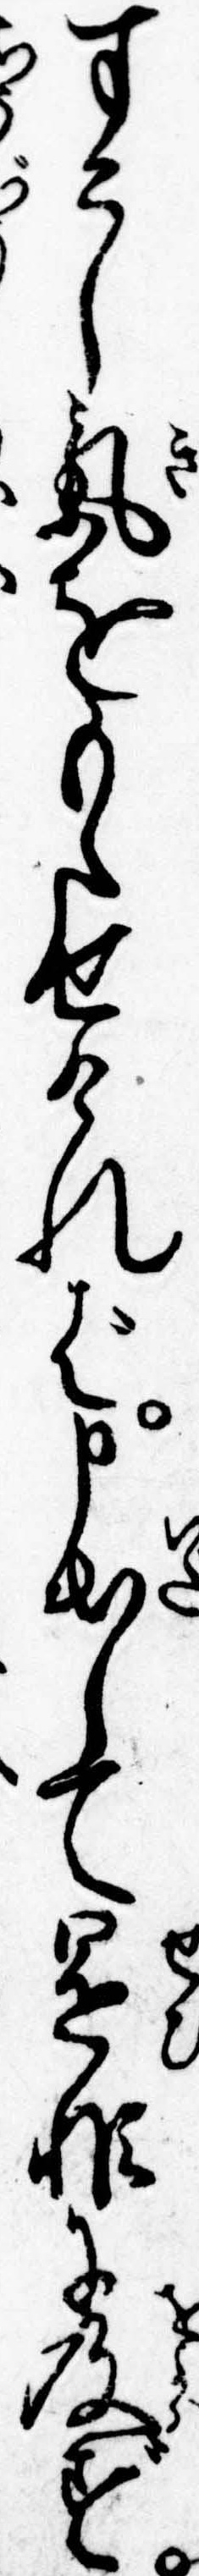
すこし気をもたせければ申出して是非に及ず